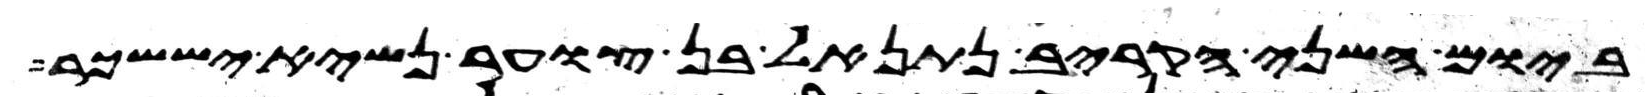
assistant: ביום השני הקריב נתנאל בן צוער נשיא יששכר